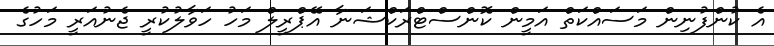
އެ ކުންފުނިން މަސައްކަތް އަމީން ކޮންސްޓްރަކްޝަނާ އޭޕްރީލް މަހު ހަވާލުކުރީ ޖެނުއަރީ މަހުގެ